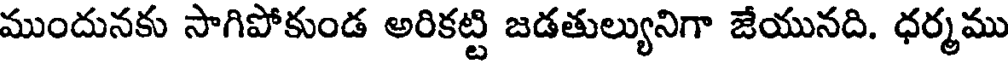
ముందునకు సాగిపోకుండ అరికట్టి జడతుల్యునిగా జేయునది. ధర్మము